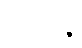
ပါဋိကဉ္စ